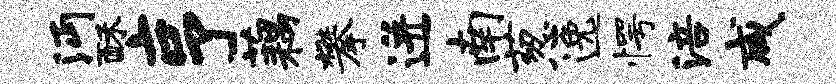
沔酥亨藕攀迸南葱逸愕涪咸